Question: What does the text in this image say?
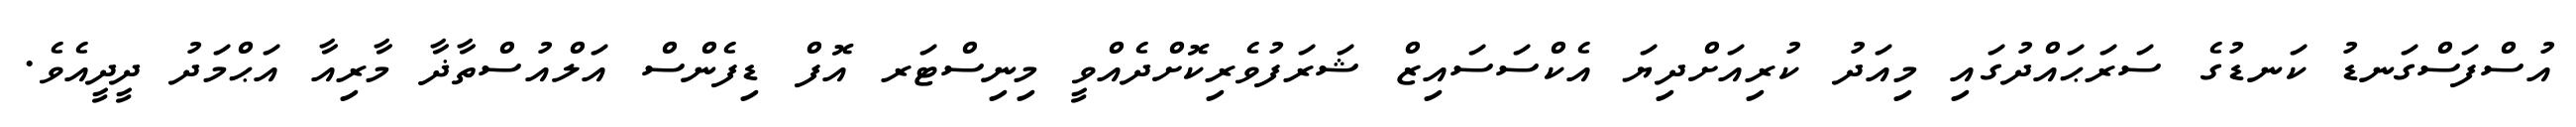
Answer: އުސްފަސްގަނޑު ކަނޑުގެ ސަރަޙައްދުގައި މިއަދު ކުރިއަށްދިޔަ އެކްސަސައިޒް ޝަރަފުވެރިކޮށްދެއްވީ މިނިސްޓަރ އޮފް ޑިފެންސް އަލްއުސްތާޛާ މާރިއާ އަޙްމަދު ދީދީއެވެ.